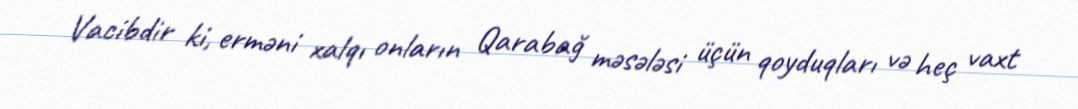
Vacibdir ki, erməni xalqı onların Qarabağ məsələsi üçün qoyduqları və heç vaxt